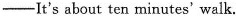
—It's about ten minutes' walk.